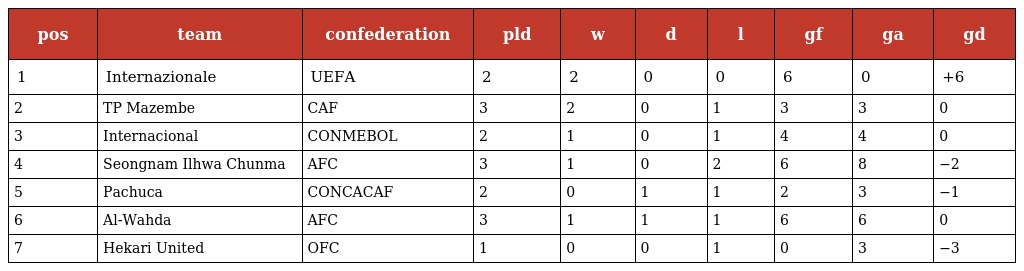
| pos | team | confederation | pld | w | d | l | gf | ga | gd |
 | --- | --- | --- | --- | --- | --- | --- | --- | --- | --- |
 | 1 | Internazionale | UEFA | 2 | 2 | 0 | 0 | 6 | 0 | +6 |
 | 2 | TP Mazembe | CAF | 3 | 2 | 0 | 1 | 3 | 3 | 0 |
 | 3 | Internacional | CONMEBOL | 2 | 1 | 0 | 1 | 4 | 4 | 0 |
 | 4 | Seongnam Ilhwa Chunma | AFC | 3 | 1 | 0 | 2 | 6 | 8 | −2 |
 | 5 | Pachuca | CONCACAF | 2 | 0 | 1 | 1 | 2 | 3 | −1 |
 | 6 | Al-Wahda | AFC | 3 | 1 | 1 | 1 | 6 | 6 | 0 |
 | 7 | Hekari United | OFC | 1 | 0 | 0 | 1 | 0 | 3 | −3 |